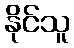
နိုင်သူ